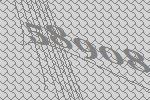
58908